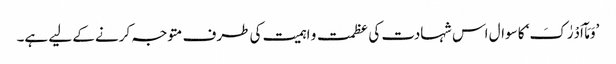
’وَمَآ اَدْرٰکَ‘ کا سوال اس شہادت کی عظمت و اہمیت کی طرف متوجہ کرنے کے لیے ہے۔